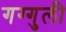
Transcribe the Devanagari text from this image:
गग्गुली